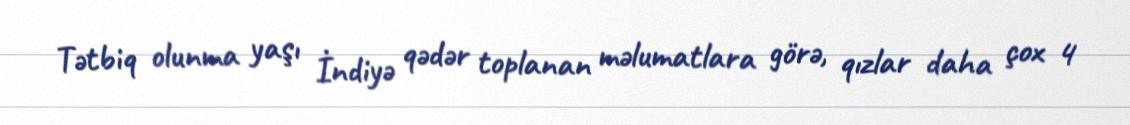
Tətbiq olunma yaşı İndiyə qədər toplanan məlumatlara görə, qızlar daha çox 4